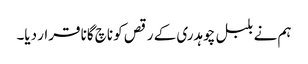
ہم نے بلبل چوہدری کے رقص کو ناچ گانا قرار دیا۔